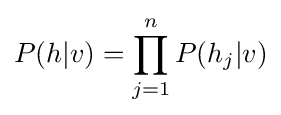
P(h|v)=\prod _{j=1}^{n}P(h_{j}|v)